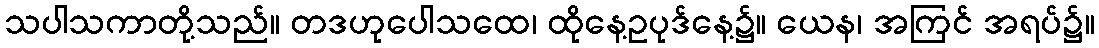
သပါသကာတို့သည်။ တဒဟုပေါသထေ၊ ထိုနေ့ဥပုဒ်နေ့၌။ ယေန၊ အကြင် အရပ်၌။